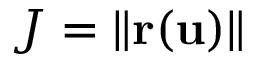
J = \| \mathbf { r } ( \mathbf { u } ) \|